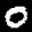
Label: 0